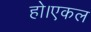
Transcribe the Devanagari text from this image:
हो।एकल